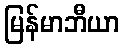
မြန်မာဘီယာ